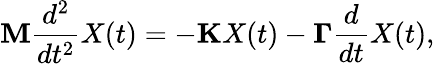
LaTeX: \mathbf{M}\frac{d^{2}}{dt^{2}}{X}(t)=-\mathbf{K}{X}(t)-\mathbf\Gamma\frac{d}{dt}{X}(t),